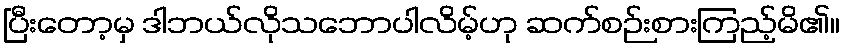
ပြီးတော့မှ ဒါဘယ်လိုသဘောပါလိမ့်ဟု ဆက်စဉ်းစားကြည့်မိ၏။